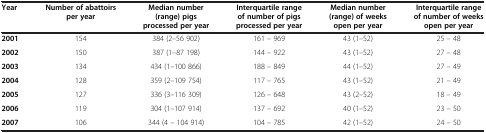
<table><thead><tr><td><b>Year</b></td><td><b>Number of abattoirs per year</b></td><td><b>Median number (range) pigs processed per year</b></td><td><b>Interquartile range of number of pigs processed per year</b></td><td><b>Median number (range) of weeks open per year</b></td><td><b>Interquartile range of number of weeks open per year</b></td></tr></thead><tbody><tr><td><b>2001</b></td><td>154</td><td>384 (2–56 902)</td><td>161 – 969</td><td>43 (1–52)</td><td>25 – 48</td></tr><tr><td><b>2002</b></td><td>150</td><td>387 (1–87 198)</td><td>144 – 922</td><td>43 (1–52)</td><td>27 – 48</td></tr><tr><td><b>2003</b></td><td>134</td><td>434 (1–100 866)</td><td>188 – 849</td><td>44 (1–52)</td><td>27 – 49</td></tr><tr><td><b>2004</b></td><td>128</td><td>359 (2–109 754)</td><td>117 – 765</td><td>43 (1–52)</td><td>21 – 49</td></tr><tr><td><b>2005</b></td><td>127</td><td>336 (3–116 309)</td><td>126 – 648</td><td>43 (2–52)</td><td>18 – 49</td></tr><tr><td><b>2006</b></td><td>119</td><td>304 (1–107 914)</td><td>137 – 692</td><td>40 (1–52)</td><td>23 – 50</td></tr><tr><td><b>2007</b></td><td>106</td><td>344 (4 – 104 914)</td><td>104 – 785</td><td>42 (1–52)</td><td>24 – 50</td></tr></tbody></table>